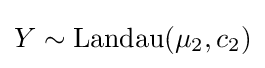
Y\sim {\textrm {Landau}}(\mu _{2},c_{2})